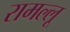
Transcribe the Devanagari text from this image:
रामल्लू